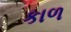
કાળ